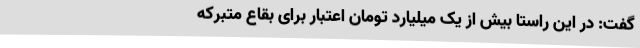
گفت: در این راستا بیش از یک میلیارد تومان اعتبار برای بقاع متبرکه